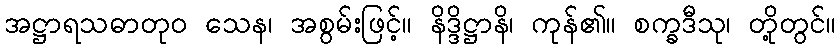
အဋ္ဌာရသဓာတုဝ သေန၊ အစွမ်းဖြင့်။ နိဒ္ဒိဋ္ဌာနိ၊ ကုန်၏။ စက္ခဒီသု၊ တို့တွင်။